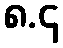
၈.၄